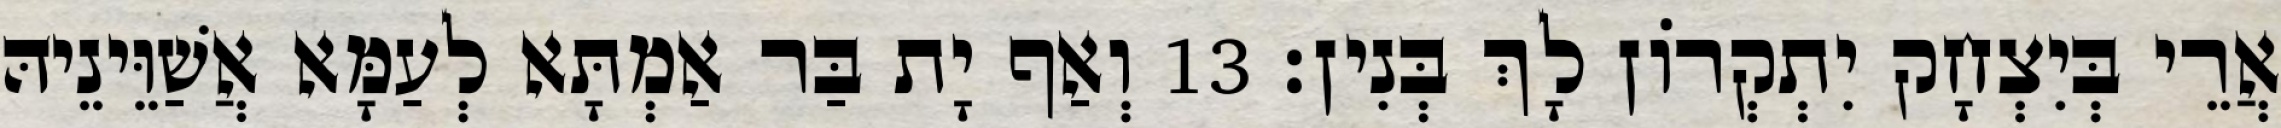
אֲרֵי בְּיִצְחָק יִתְקְרוֹן לָךְ בְּנִין׃ 13 וְאַף יָת בַּר אַמְתָּא לְעַמָּא אֲשַׁוֵּינֵיהּ